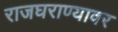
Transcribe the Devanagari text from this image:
राजघराण्यावर